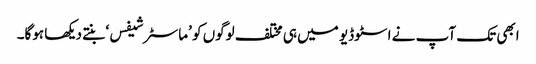
ابھی تک آپ نے اسٹوڈیو میں ہی مختلف لوگوں کو ’ماسٹر شیفس‘ بنتے دیکھا ہوگا۔